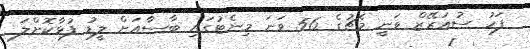
ފަހު ސުއަރޭޒް ވަނީ މެޗުގެ 56 ވަނަ މިނެޓުގައި ބާސާއަށް ލީޑު ފުޅާކޮށްލަ